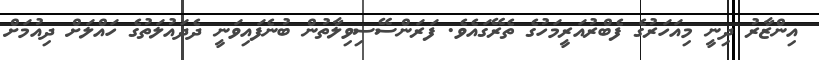
އިންޒާރު ދިނީ މިއަހަރުގެ ފެބްރުއަރީމަހުގެ ތެރޭގައެވެ. ފަރަންސޭސިވިލާތުން ބުނެފައިވަނީ ދެދައުލަތުގެ ހައްލަށް ދިއުމަށް